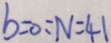
b = 0 = N = 4 1